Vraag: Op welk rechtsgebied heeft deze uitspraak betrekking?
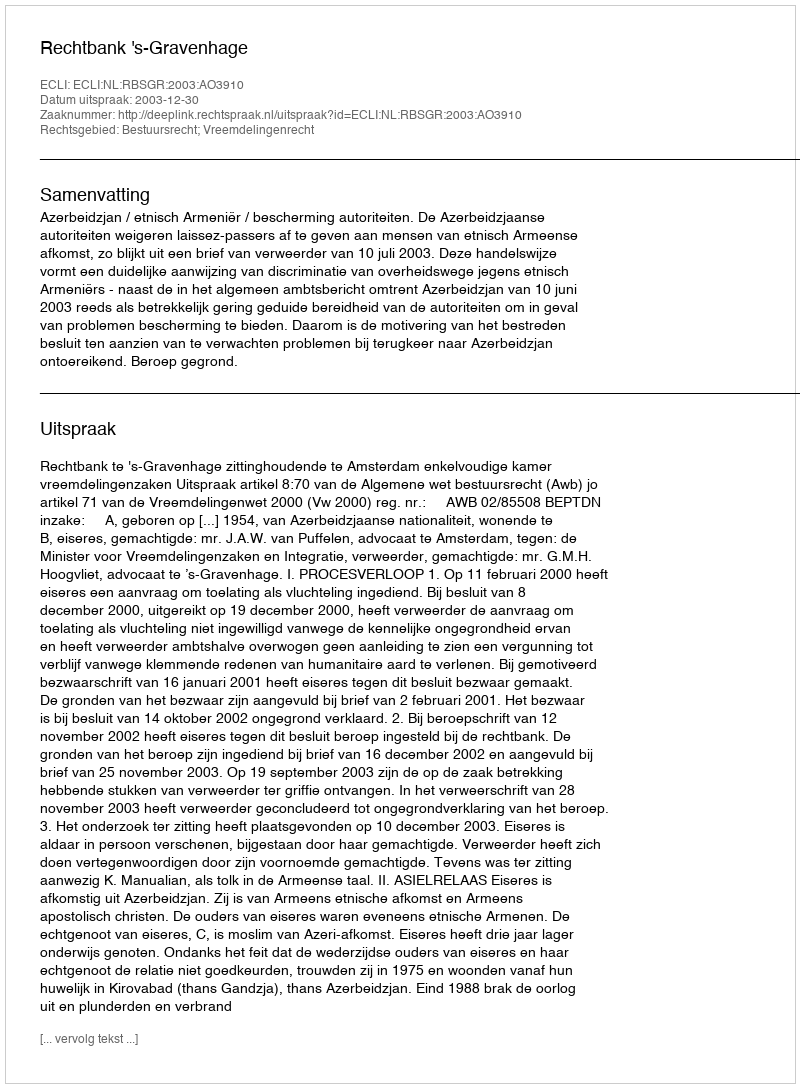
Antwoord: Bestuursrecht; Vreemdelingenrecht